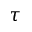
\tau